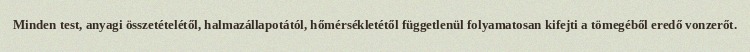
Minden test, anyagi összetételétől, halmazállapotától, hőmérsékletétől függetlenül folyamatosan kifejti a tömegéből eredő vonzerőt.